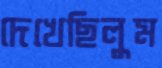
দেখেছিলুম